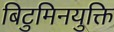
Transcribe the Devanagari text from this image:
बिटुमिनयुक्ति